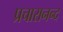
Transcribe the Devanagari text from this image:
प्रचारानन्द